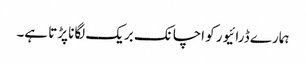
ہمارے ڈرائیور کو اچانک بریک لگانا پڑتا ہے۔